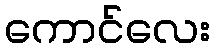
ကောင်လေး